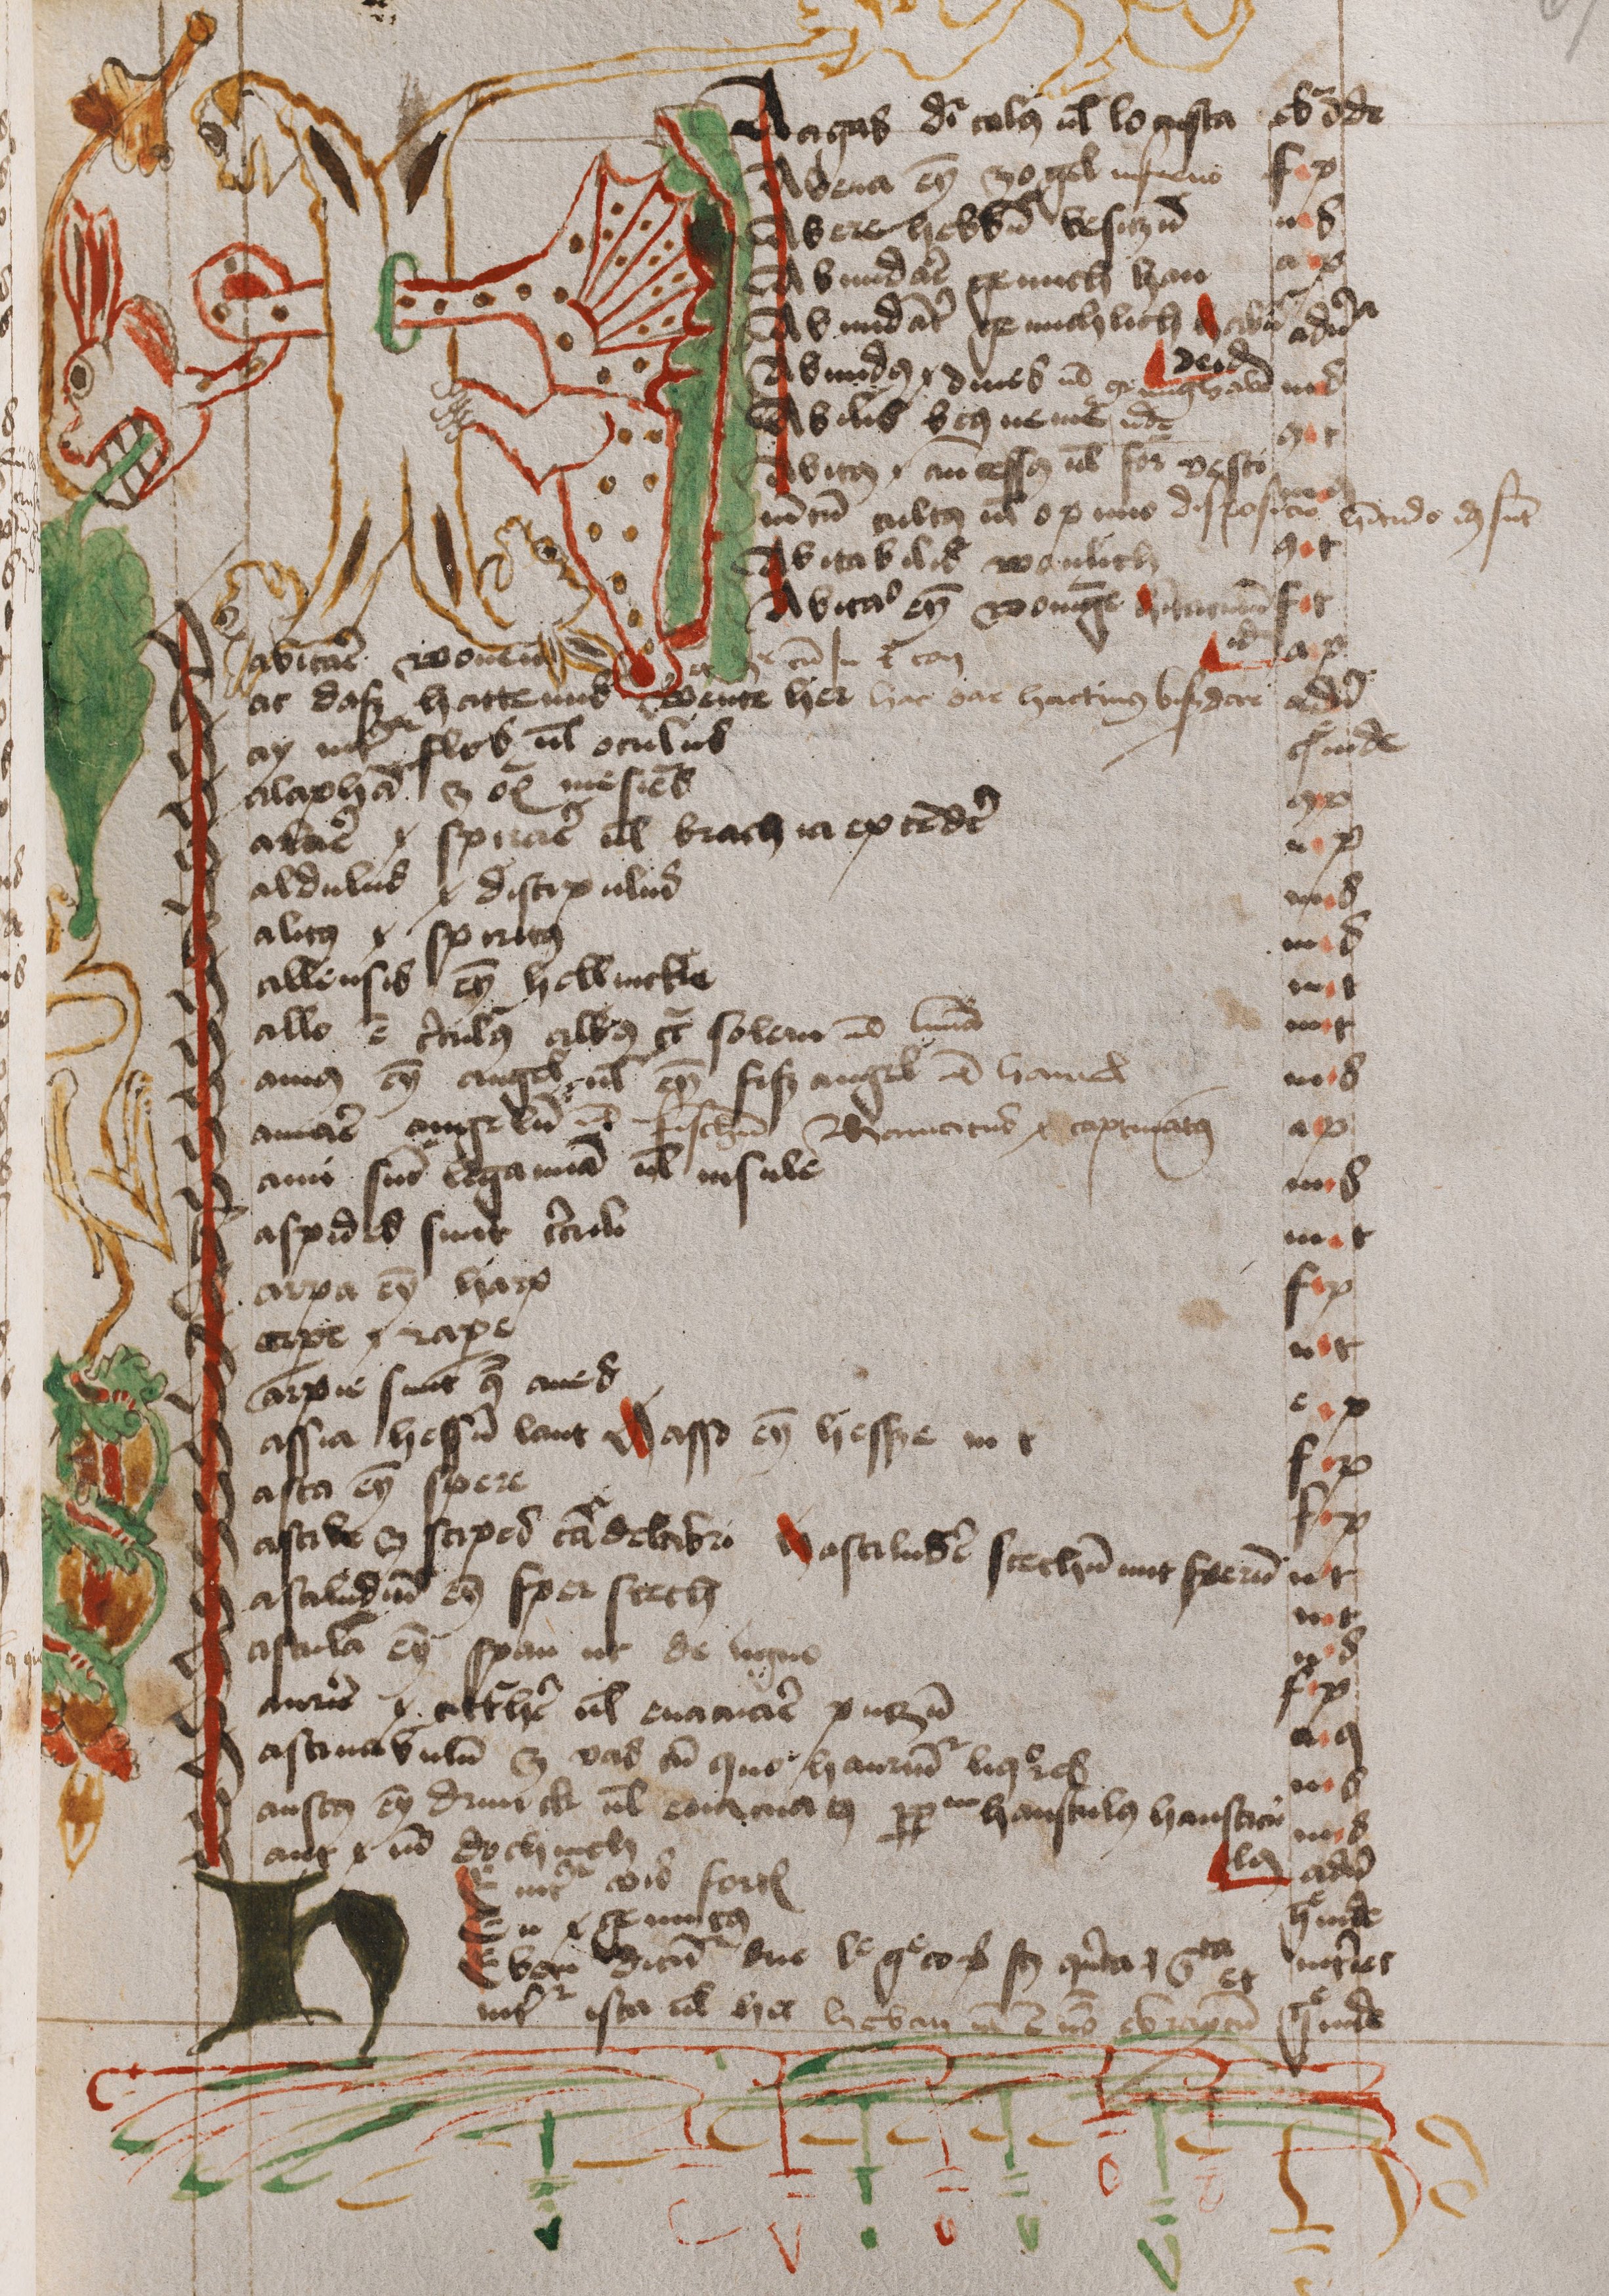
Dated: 1474–1474